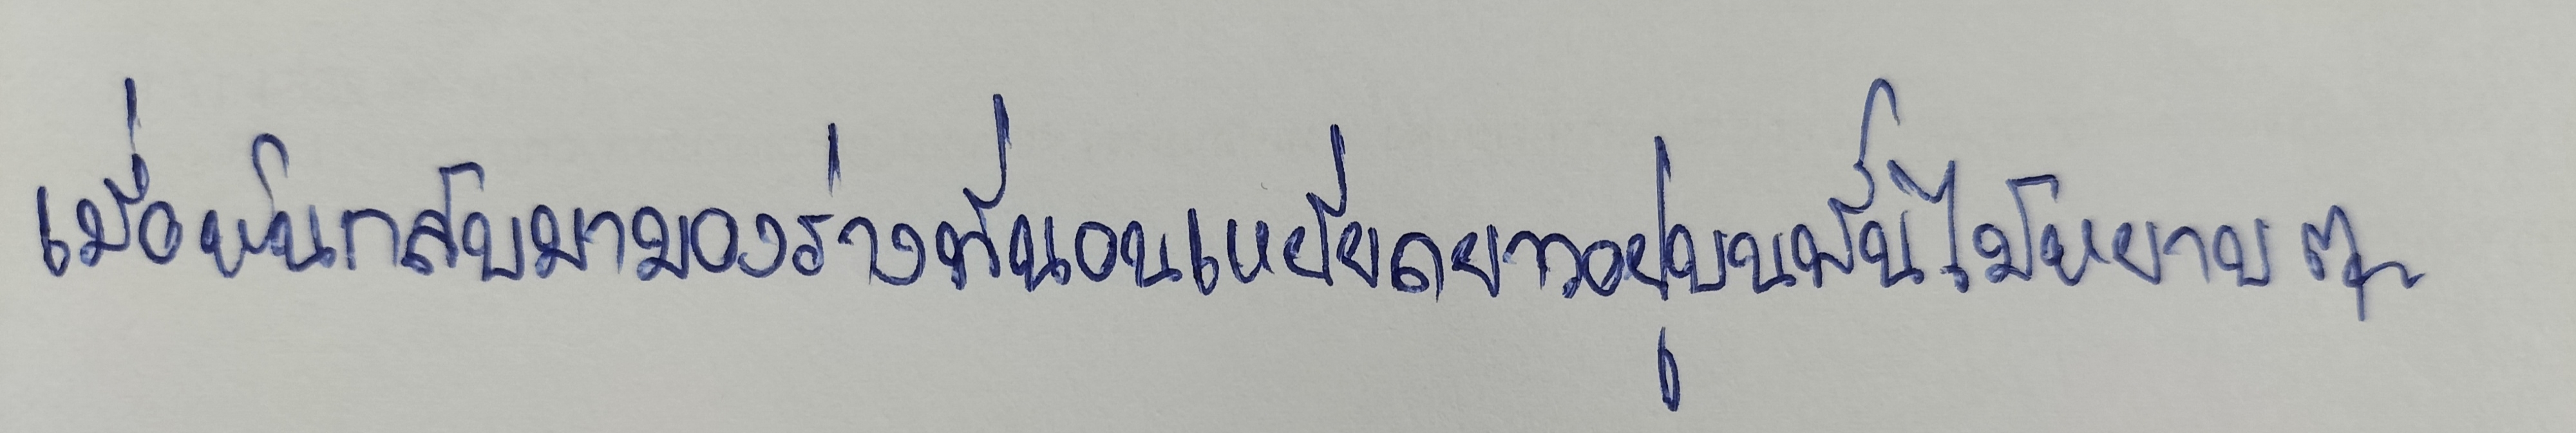
เมื่อหันกลับมามองร่างที่นอนเหยียดยาวอยู่บนพื้นไม้หยาบๆ